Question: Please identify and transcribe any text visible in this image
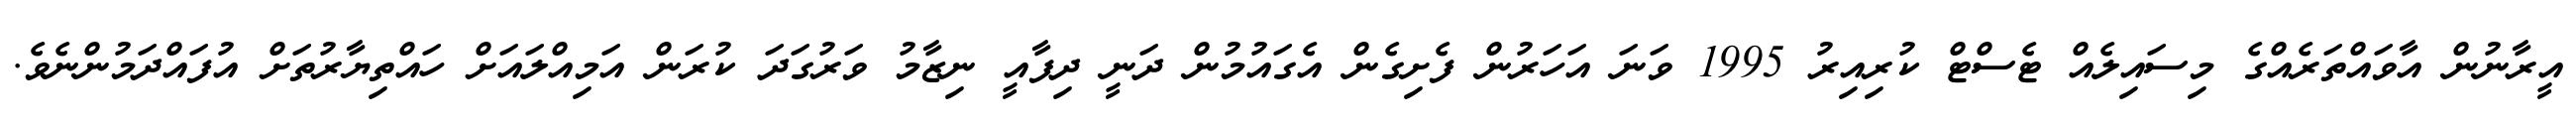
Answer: އީރާނުން އާވައްތަރެއްގެ މިސައިލެއް ޓެސްޓް ކުރިއިރު 1995 ވަނަ އަހަރުން ފެށިގެން އެގައުމުން ދަނީ ދިފާއީ ނިޒާމު ވަރުގަދަ ކުރަން އަމިއްލައަށް ހައްތިޔާރުތަށް އުފައްދަމުންނެވެ.